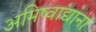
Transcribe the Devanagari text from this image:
अमिष्वाद्यानां